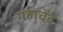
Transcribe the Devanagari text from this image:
महाचंद